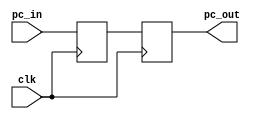
module registro_PC (clk, pc_in, pc_out);

input wire clk;
input wire [5:0] pc_in;
reg [5:0]pc;
output reg [5:0] pc_out;

initial begin
    pc <= 0;
    pc_out <= 0;
end

always @(posedge clk) // lee en el posedge
begin
    pc<=pc_in;
end
always @(negedge clk) // escritura en el negedge
begin
	pc_out<=pc;
end

endmodule